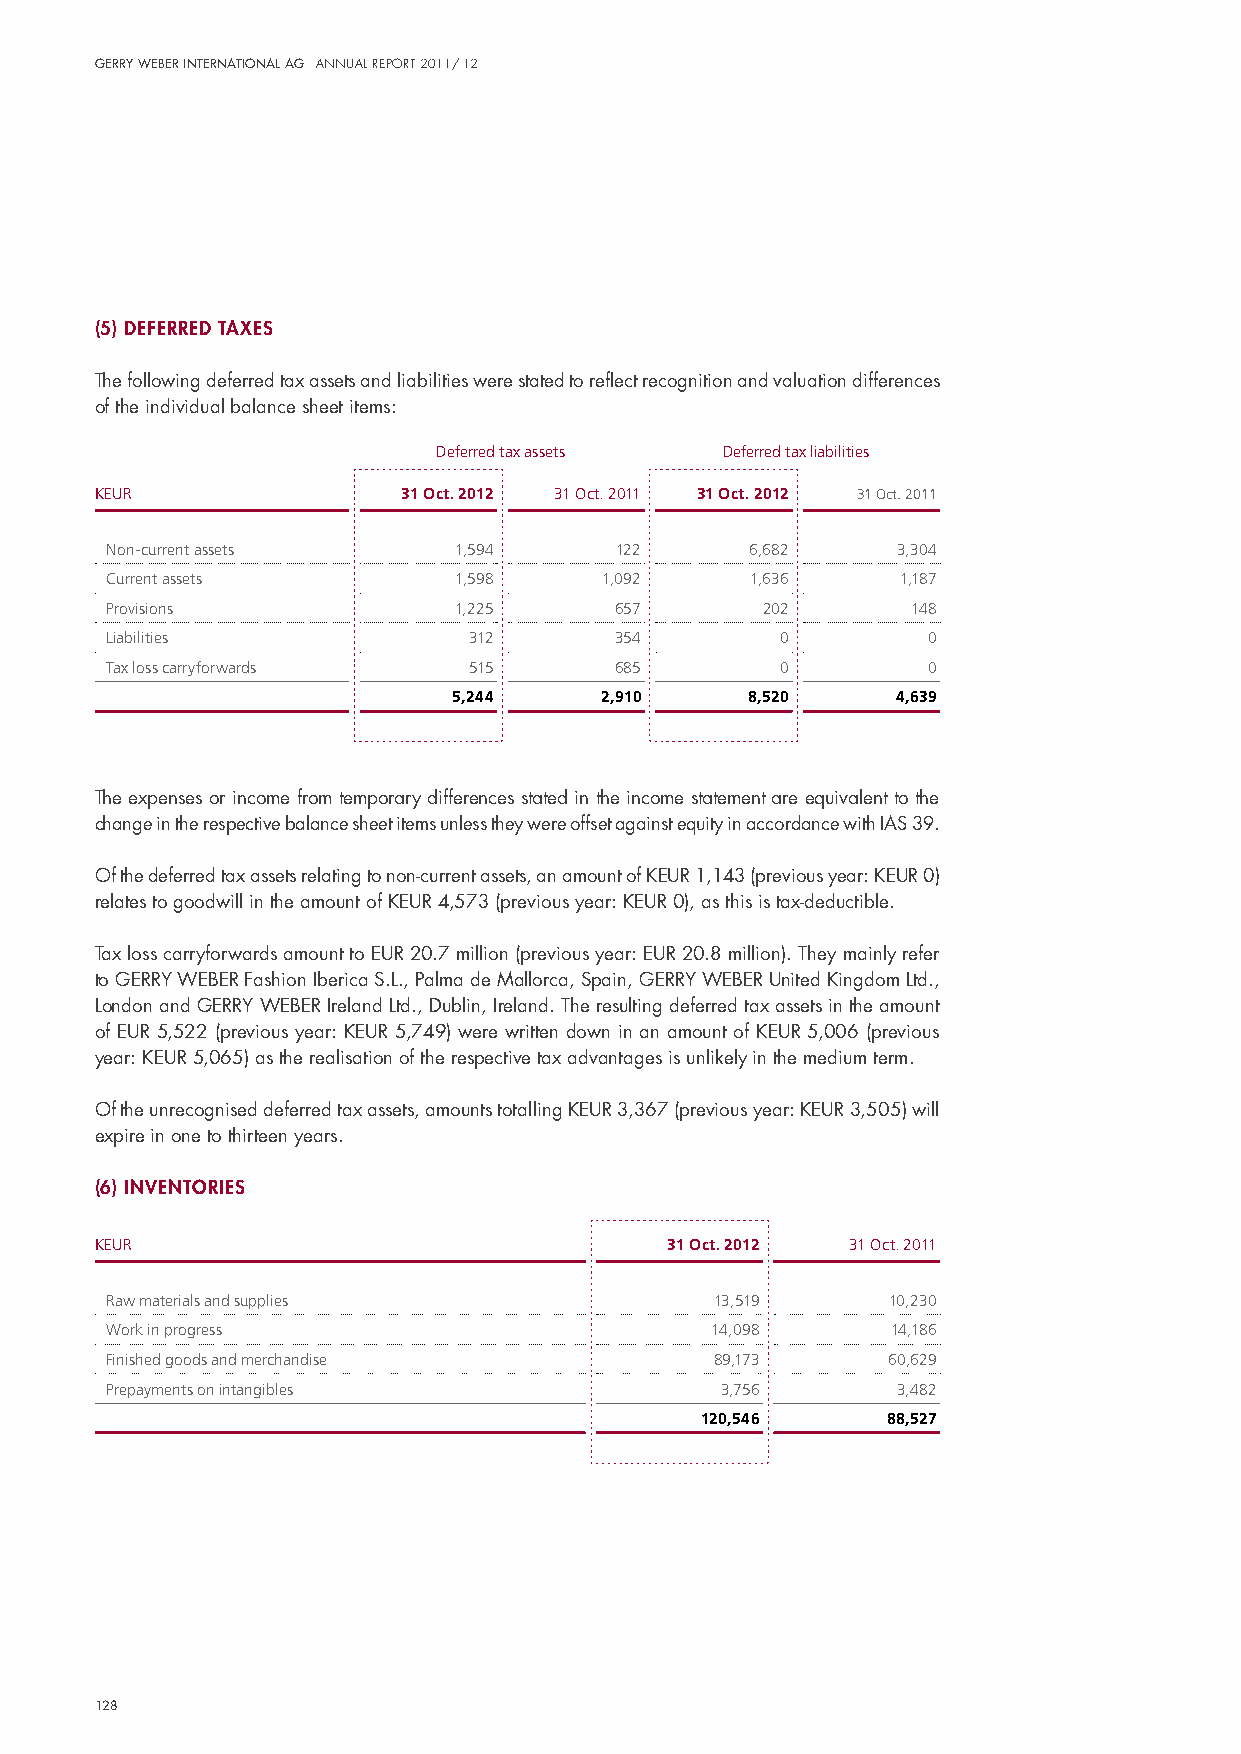
Gerry Weber InternatIonal aG annual report 2011/ 12
 (5) deferred taxes
 The following deferred tax assets and liabilities were stated to reflect recognition and valuation differences
 of the individual balance sheet items:
 Deferred tax assets Deferred tax liabilities
 KEUR                 31 Oct. 2012 31 Oct. 2011 31 Oct. 2012 31 Oct. 2011
 Non-current assets     1,594      122      6,682    3,304
 Current assets         1,598     1,092     1,636     1,187
 Provisions             1,225      657      202       148
 Liabilities             312       354        0        0
 Tax loss carryforwards  515       685        0        0
 5,244     2,910     8,520    4,639
 The expenses or income from temporary differences stated in the income statement are equivalent to the
 change in the respective balance sheet items unless they were offset against equity in accordance with iAs 39.
 of the deferred tax assets relating to non-current assets, an amount of KeuR 1,143 (previous year: KeuR 0)
 relates to goodwill in the amount of KeuR 4,573 (previous year: KeuR 0), as this is tax-deductible.
 Tax loss carryforwards amount to euR 20.7 million (previous year: euR 20.8 million). They mainly refer
 to GeRRY WeBeR Fashion iberica s.l., palma de mallorca, spain, GeRRY WeBeR united Kingdom ltd.,
 london and GeRRY WeBeR ireland ltd., dublin, ireland. The resulting deferred tax assets in the amount
 of euR 5,522 (previous year: KeuR 5,749) were written down in an amount of KeuR 5,006 (previous
 year: KeuR 5,065) as the realisation of the respective tax advantages is unlikely in the medium term.
 of the unrecognised deferred tax assets, amounts totalling KeuR 3,367 (previous year: KeuR 3,505) will
 expire in one to thirteen years.
 (6) InventorIes
 KEUR                                  31 Oct. 2012 31 Oct. 2011
 Raw materials and supplies              13,519      10,230
 Work in progress                        14,098      14,186
 Finished goods and merchandise          89,173      60,629
 Prepayments on intangibles               3,756      3,482
 120,546      88,527
 128